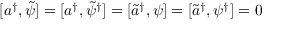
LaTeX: [ a ^ { \dagger } , \tilde { \psi } ] = [ a ^ { \dagger } , \tilde { \psi } ^ { \dagger } ] = [ \tilde { a } ^ { \dagger } , \psi ] = [ \tilde { a } ^ { \dagger } , \psi ^ { \dagger } ] = 0